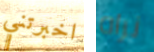
اخبرتني نراه